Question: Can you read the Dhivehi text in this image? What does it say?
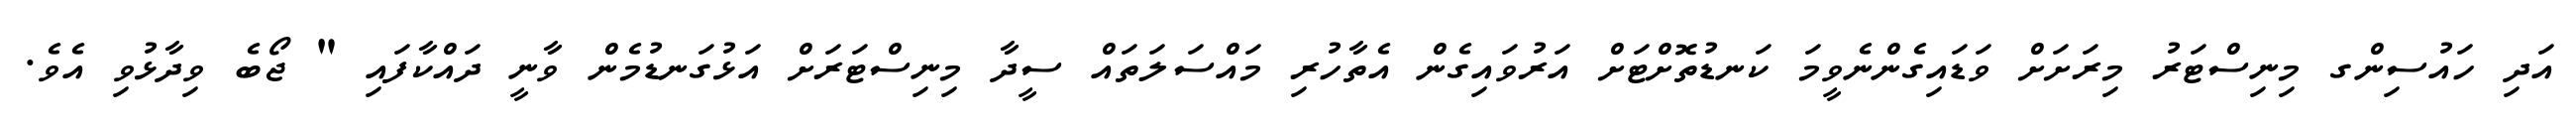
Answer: އަދި ހައުސިންގ މިނިސްޓަރު މިރަށަށް ވަޑައިގެންނެވީމަ ކަނޑުތޮށްޓަށް އަރުވައިގެން އެތާހުރި މައްސަލަތައް ސީދާ މިނިސްޓަރަށް އަޅުގަނޑުމެން ވާނީ ދައްކާފައި " ޖޯބެ ވިދާޅުވި އެވެ.